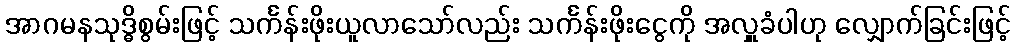
အာဂမနသုဒ္ဓိစွမ်းဖြင့် သင်္ကန်းဖိုးယူလာသော်လည်း သင်္ကန်းဖိုးငွေကို အလှူခံပါဟု လျှောက်ခြင်းဖြင့်